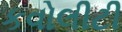
કવોલીટી